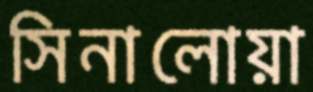
সিনালোয়া